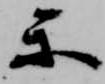
楽